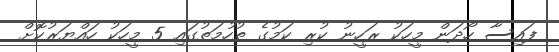
ފައިސާ ހޯދަން މީހަކު ރަހީނު ކުރި ކަމުގެ ތުހުމަތުގައި 5 މީހަކު ހައްޔަރުކޮށް